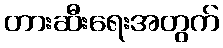
တားဆီးရေးအတွက်